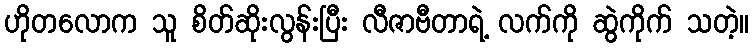
ဟိုတလောက သူ စိတ်ဆိုးလွန်းပြီး လီဇာဗီတာရဲ့ လက်ကို ဆွဲကိုက် သတဲ့။